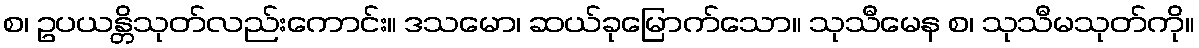
စ၊ ဥပယန္တိသုတ်လည်းကောင်း။ ဒသမော၊ ဆယ်ခုမြောက်သော။ သုသီမေန စ၊ သုသီမသုတ်ကို။